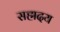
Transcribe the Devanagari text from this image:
सह्मदय